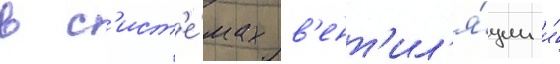
в с'ист'е́мах в'ент'ил'я́ции и́